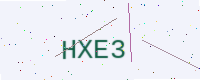
Text: HXE3